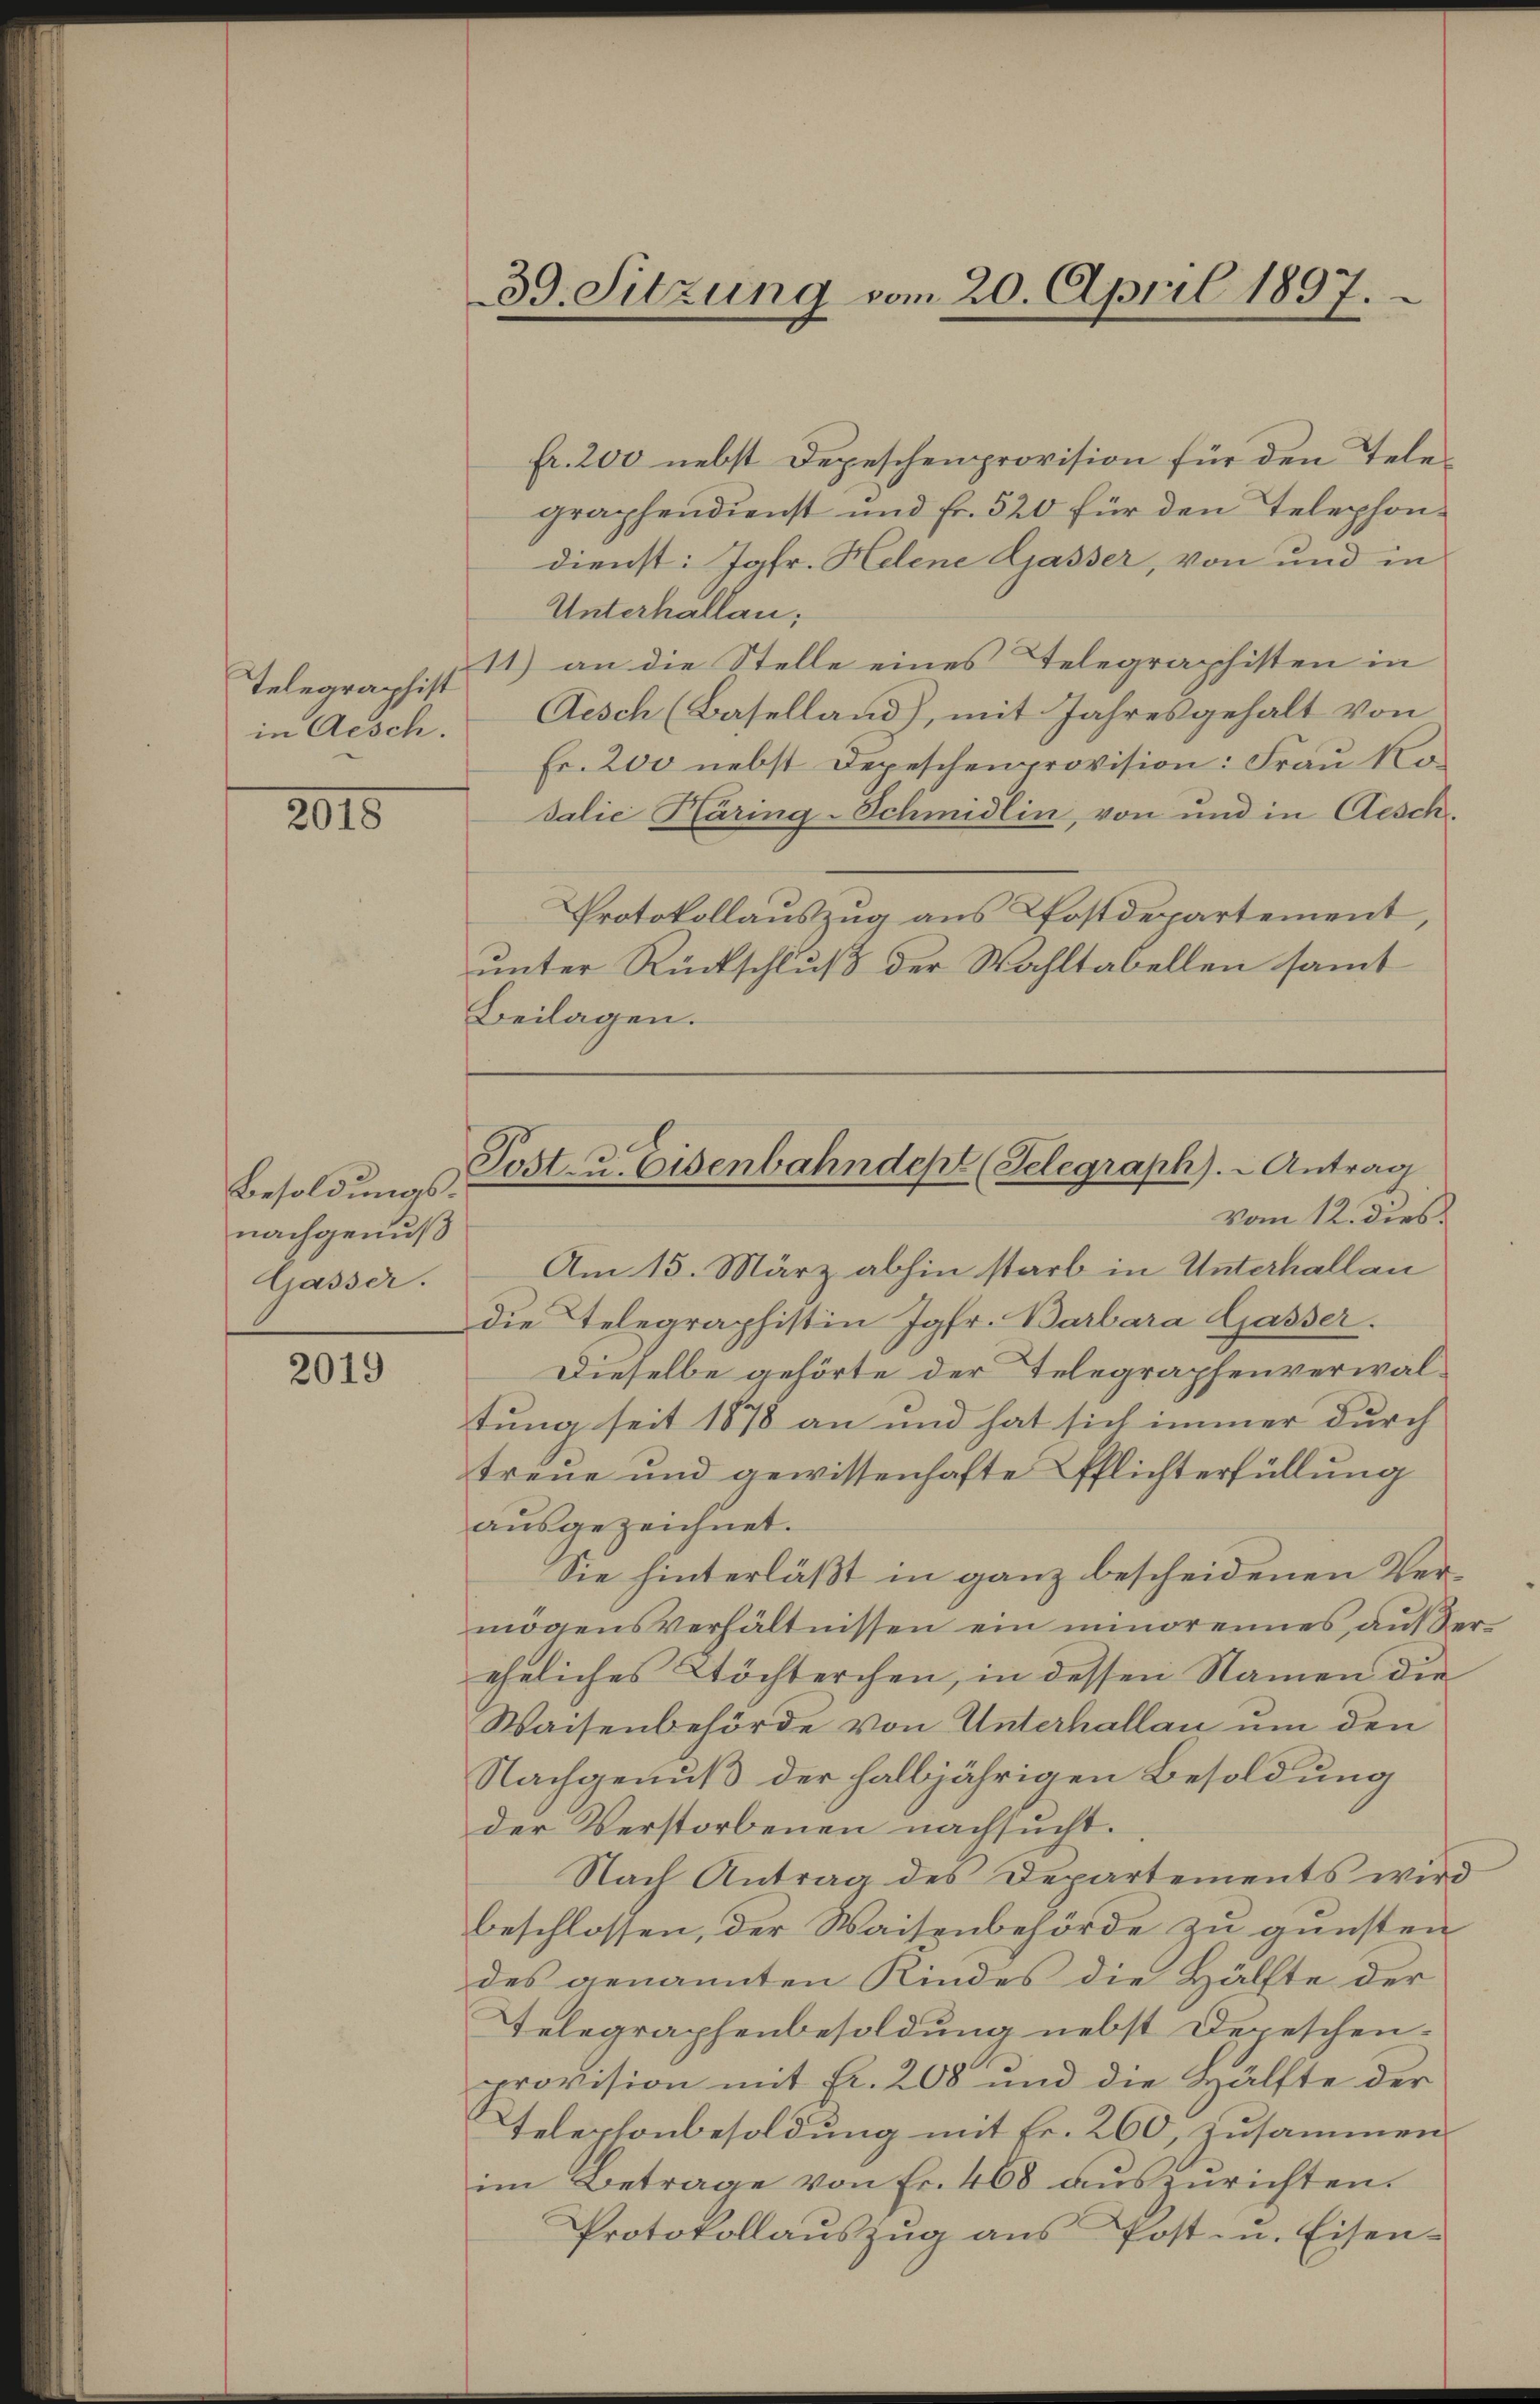
Telegraphist
in Aesch.

2015

Besoldungsnachgenuß
Gasser.

2019

fr. 200 nebst Depeschenprovision für den Telegraphendienst und Fr. 520 für den Telephondienst: Jgfr. Helene Gasser, von und in
Unterhallen;
11) an die Stelle eines Telegraphisten in
Aisch (Baselland), mit Jahresgehalt von
Fr. 200 nebst Depeschenprovision: Frau Ko
Talić Käring-Schmidlin, von und in Aesch.
Protokollauszug aus Pfostdepartement,
unter Rückschluß der Wahltabellen sammt
Beilagen.

Am 15. März abhin starb in Unterhallan
die Telegraphistin Jgfr. Barbara Gasser.
Dieselbe gehörte der Telegraphenverwaltung seit 1878 an und hat sich immer durch
treue und gewissenhafte Pflichterfüllung
ausgezeichnet.
Sie hinterläßt in ganz bescheidenen Vermögensverhältnissen ein minorennes aus Vereheliches Töchterchen, in dessen Namen die
Waisenbehörde von Unterhallau um den
Nachgenuß der halbjährigen Besoldung
der Verstorbenen nachsucht.
Nach Antrag des Departements wird
beschlossen, der Waisenbehörde zu gunsten
des genannten Kindes die Hälfte der
Telegraphenbesoldung nebst Depeschen-
provision mit Fr. 208 und die Hälfte der
Telephonbesoldung mit Fr. 260, zusammen
im Betrage von Fr. 468 auszurichten.
Protokollaŭszŭg ans Post- u. Eisen-

39. Sitzung vom 20. April 1897.

Post- u. Eisenbahndept (Telegraph). - Antrag
vom 12. dies